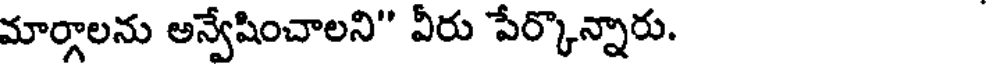
మార్గాలను అన్వేషించాలని" వీరు పేర్కొన్నారు.